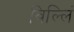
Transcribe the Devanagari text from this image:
विल्लिं